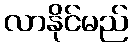
လာနိုင်မည်